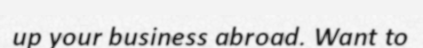
up your business abroad. Want to